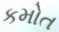
કમોત